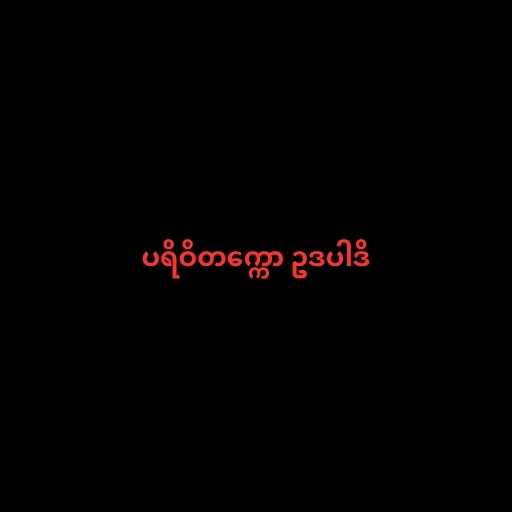
ပရိဝိတက္ကော ဥဒပါဒိ